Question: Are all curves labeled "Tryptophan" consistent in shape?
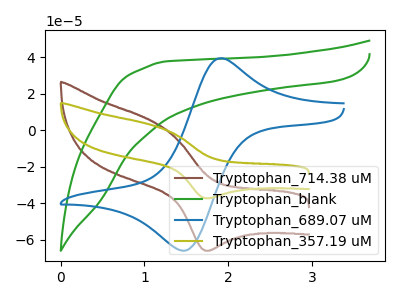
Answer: <think>The brown curve "Tryptophan_714.38 uM" has an anodic peak at (1.10V, 4.90uA) and a cathodic peak at (1.75V, -66.00uA). The green curve "Tryptophan_blank" has no peaks. The blue curve "Tryptophan_689.07 uM" has an anodic peak at (1.90V, 39.25uA) and a cathodic peak at (1.45V, -66.00uA). The olive curve "Tryptophan_357.19 uM" has an anodic peak at (1.10V, 2.75uA) and a cathodic peak at (1.75V, -37.25uA).
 "Tryptophan_714.38 uM" and "Tryptophan_blank" have a different number of peaks. "Tryptophan_714.38 uM" and "Tryptophan_689.07 uM" have at least one peak that do not match. All the peaks in "Tryptophan_714.38 uM" have a peak in "Tryptophan_357.19 uM" at the same potential. Every peak in "Tryptophan_714.38 uM" is higher than every peak in "Tryptophan_357.19 uM". "Tryptophan_blank" and "Tryptophan_689.07 uM" have a different number of peaks. "Tryptophan_blank" and "Tryptophan_357.19 uM" have a different number of peaks. "Tryptophan_689.07 uM" and "Tryptophan_357.19 uM" have at least one peak that do not match.</think>
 <answer>All the CV's of "Tryptophan" have similar shape.</answer>
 <eval>follow_rule</eval>